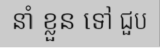
នាំ ខ្លួន ទៅ ជួប